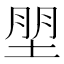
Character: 𰉼